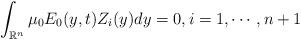
LaTeX: \begin{align*}\int_{\mathbb{R}^n}\mu_{0}E_{0}(y, t)Z_{i}(y)dy = 0,i = 1,\cdots, n+1\end{align*}